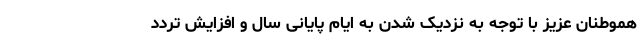
هموطنان عزیز با توجه به نزدیک شدن به ایام پایانی سال و افزایش تردد